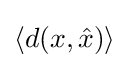
\langle d(x,{\hat {x}})\rangle